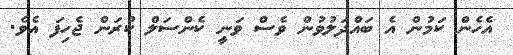
އެހެން ކަމުން އެ ބައްދަލުވުން ވެސް ވަނީ ކެންސަލް ކުރަން ޖެހިފަ އެވެ.